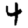
Digit: 4